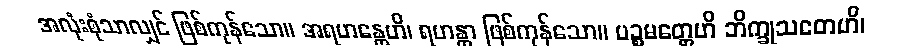
အလုံးစုံသာလျှင် ဖြစ်ကုန်သော။ အရဟန္တေဟိ၊ ရဟန္တာ ဖြစ်ကုန်သော။ ပဉ္စမတ္တေဟိ ဘိက္ခုသတေဟိ၊